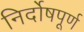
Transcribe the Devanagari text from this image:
निर्दोषपूर्ण